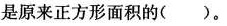
是原来正方形面积的()。